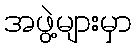
အဖွဲ့များမှာ